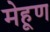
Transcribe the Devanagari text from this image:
मेहूण